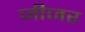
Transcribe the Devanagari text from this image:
जीजर